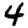
Digit: 4